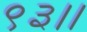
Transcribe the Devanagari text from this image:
९३।।